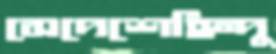
সেদেশেহিন্দু